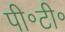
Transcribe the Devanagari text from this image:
पी॰टी॰